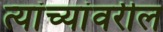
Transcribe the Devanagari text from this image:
त्यांच्यांवरील